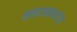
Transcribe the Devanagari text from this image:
समाजकार्यास